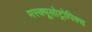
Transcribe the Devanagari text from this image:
मस्क्यूलोट्रोपिक्स